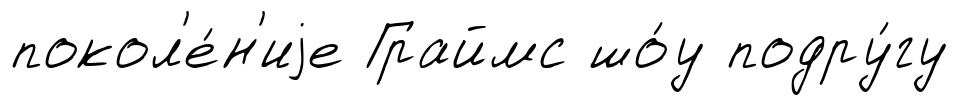
покол'е́н'иjе Граймс шо́у подру́гу